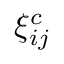
\xi _ { i j } ^ { c }